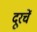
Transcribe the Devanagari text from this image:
दूरचें